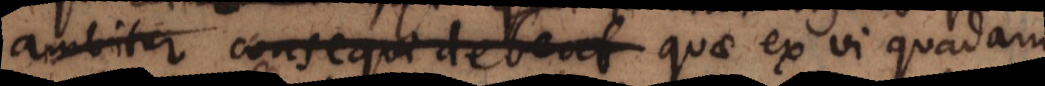
ambitur sole consequi debeat ex vi quadam